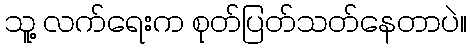
သူ့ လက်ရေးက စုတ်ပြတ်သတ်နေတာပဲ။